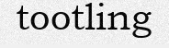
tootling